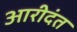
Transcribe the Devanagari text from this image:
आरीदंत